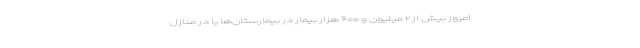
امروز بیش از ۲ میلیون و ۶۰۰ هزار بیمار در بیمارستان‌ها یا در منازل